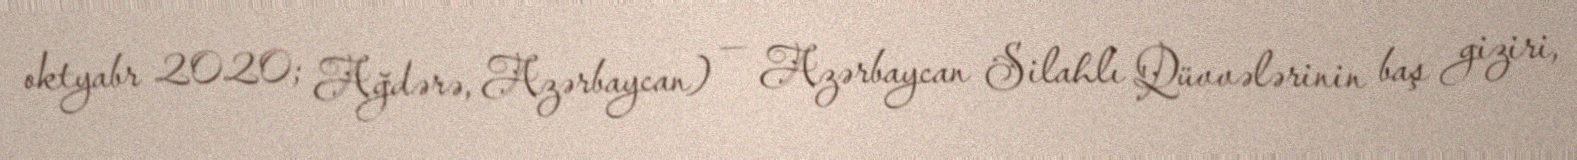
oktyabr 2020; Ağdərə, Azərbaycan) — Azərbaycan Silahlı Qüvvələrinin baş giziri,